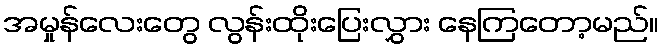
အမှုန်လေးတွေ လွန်းထိုးပြေးလွှား နေကြတော့မည်။